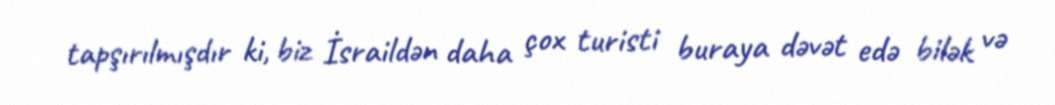
tapşırılmışdır ki, biz İsraildən daha çox turisti buraya dəvət edə bilək və